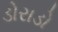
ડોરાડો